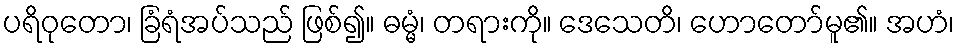
ပရိဝုတော၊ ခြံရံအပ်သည် ဖြစ်၍။ ဓမ္မံ၊ တရားကို။ ဒေသေတိ၊ ဟောတော်မူ၏။ အဟံ၊